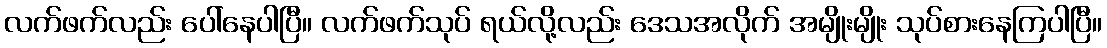
လက်ဖက်လည်း ပေါ်နေပါပြီ။ လက်ဖက်သုပ် ရယ်လို့လည်း ဒေသအလိုက် အမျိုးမျိုး သုပ်စားနေကြပါပြီ။